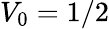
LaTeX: V_{0}=1/2